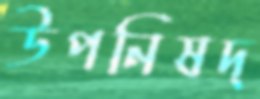
উপনিষদ্